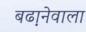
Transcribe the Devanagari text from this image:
बढा़नेवाला